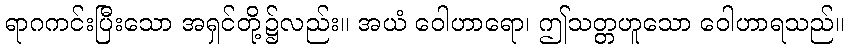
ရာဂကင်းပြီးသော အရှင်တို့၌လည်း။ အယံ ဝေါဟာရော၊ ဤသတ္တဟူသော ဝေါဟာရသည်။